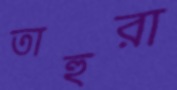
তাহুরা